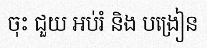
ចុះ ជួយ អប់រំ និង បង្រៀន